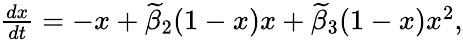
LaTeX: \begin{array}{r}{\frac{dx}{dt}=-x+\widetilde{\beta}_{2}(1-x)x+\widetilde{\beta}_{3}(1-x)x^{2},}\end{array}